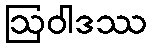
ဩဝါဒဿ